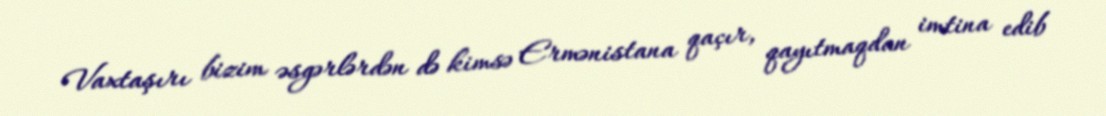
Vaxtaşırı bizim əsgərlərdən də kimsə Ermənistana qaçır, qayıtmaqdan imtina edib